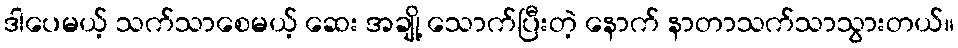
ဒါပေမယ့် သက်သာစေမယ့် ဆေး အချို့ သောက်ပြီးတဲ့ နောက် နာတာသက်သာသွားတယ်။